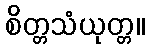
စိတ္တသံယုတ္တ။